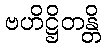
ဗဟိဋ္ဌိတန္တိ